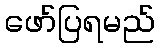
ဖော်ပြရမည်